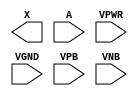
module sky130_fd_sc_hd__dlygate4sd2 (
    X   ,
    A   ,
    VPWR,
    VGND,
    VPB ,
    VNB
);

    output X   ;
    input  A   ;
    input  VPWR;
    input  VGND;
    input  VPB ;
    input  VNB ;
endmodule